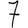
Digit: 7